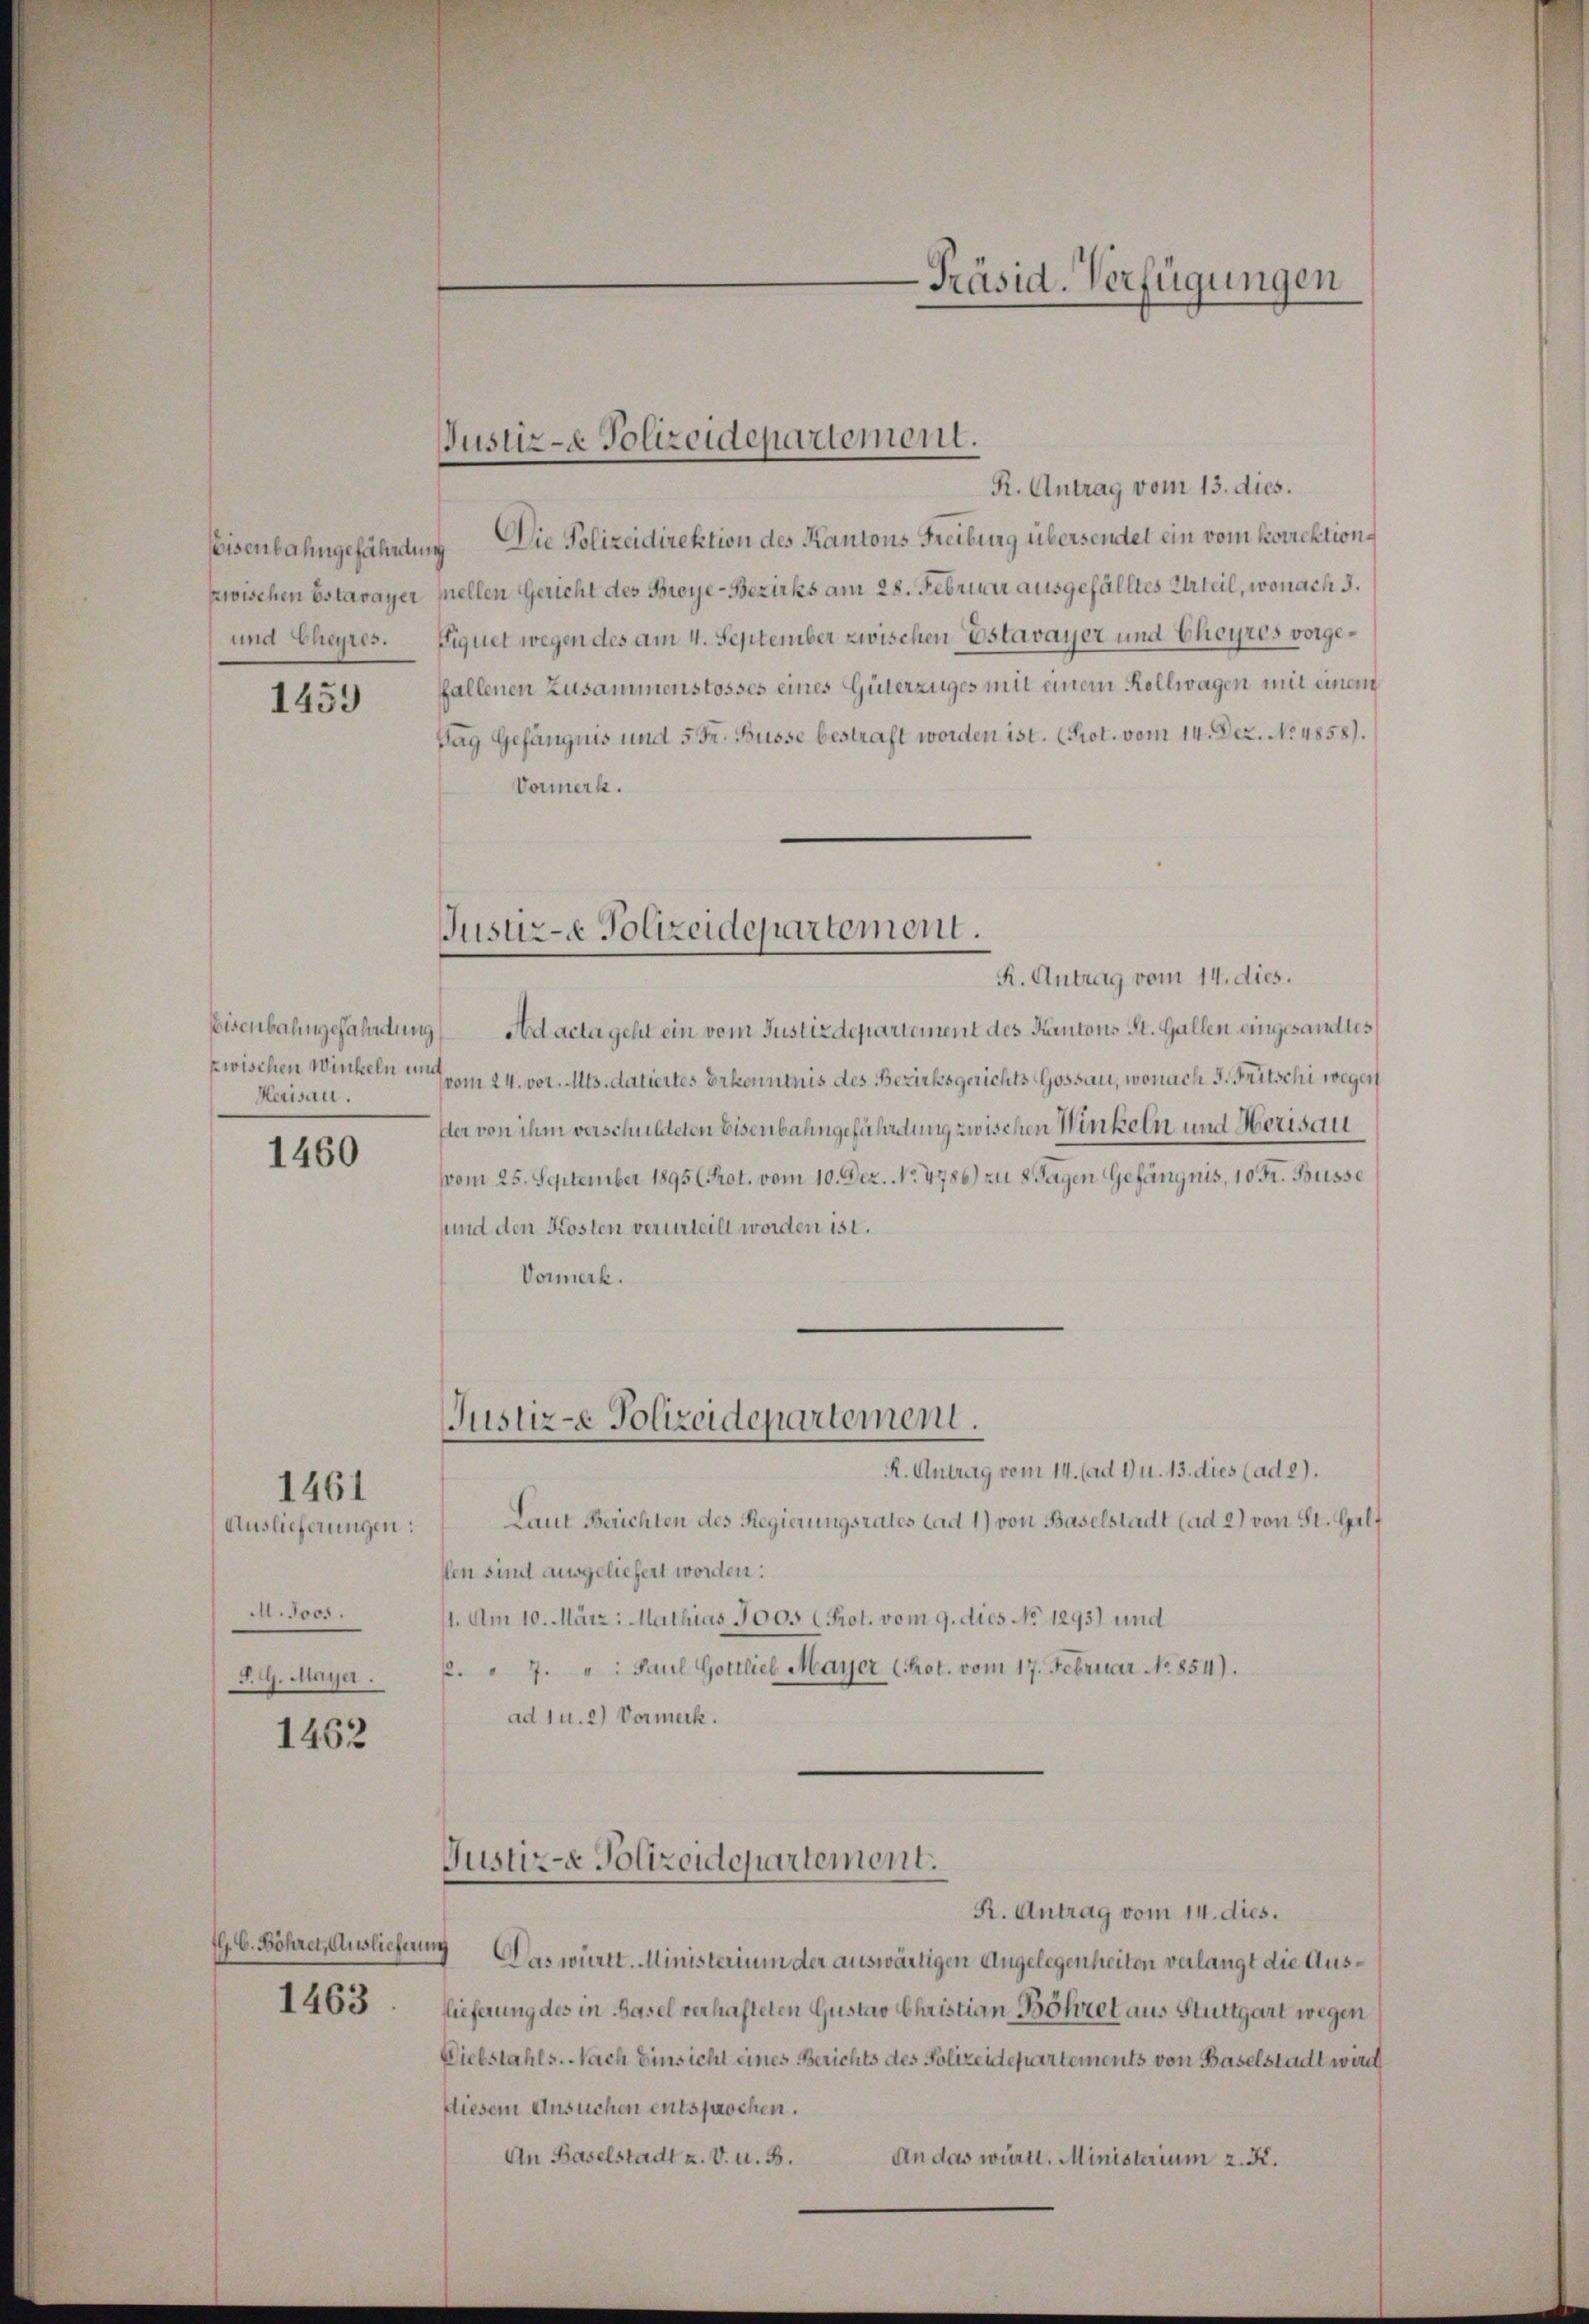
Eisenbahngefährden
zwischen Estavayer
und Cheyres.

1459

Eisenbahngefährdung
zwischen Winkeln und
Herisau.

1460

Auslieferungen:
M. Jos.
P. G. Mayer.

1461

1462

G. C. Röhret, Auslieferung

1463

Justiz- & Polizeidepartement.

R. Antrag vom 13. dies.
Die Polizeidirektion des Kantons Freiburg übersendet ein vom korrektion
nch
nellen Gericht des Broye-Bezirks am 28. Februar ausgefälltes Urteil, wonach 3.
Liquet wegen des am 4. September zwischen Estavayer und Cheyres vorgefallenen Zusammenstosses eines Güterzuges mit einem Rollwagen mit einem
Tag Gefängnis und 5 Fr. Busse bestraft worden ist. (Prot. vom 14. Dez. No. 4858).
Vormerk.
Justiz- Polizeidepartement.
R. Antrag vom 14. dies.
Ad acta geht ein vom Justizdepartement des Kantons St. Gallen eingesamtes
vom 24. vor. Mts. datiertes Erkenntnis des Bezirksgerichts Gossau, wonach d. Fritschi wegen
der von ihm verschuldeten Eisenbahngefährdung zwischen Winkeln und Herisau
vom 25. September 1895 (Prot. vom 10. Dez. No. 4786) zu 8 Tagen Gefängnis, 10 Fr. Büsse
und den Kosten verurteilt worden ist.
Vormerk.

Justiz-e Polizeidepartement.

Justiz-e Polizeidepartement.

R. Antrag vom 14. (ad 1 u. 13. dies (ad 2).
Laut Berichten des Regierungsrates ad 1) von Baselstadt (ad 2) von St. Galf
fen sind ausgeliefert worden:
1. Am 10. März: Mathias 3005 (Prot. vom 9. dies No 1295) und
p. " 7.": Paul Gottlieb Mayer (Prot. vom 17. Februar No. 854).
ad 1 u. 2) Vormerk.

R. Antrag vom 14. dies.
Das württ. Ministerium der auswärtigen Angelegenheiten verlangt die Auslieferung des in Basel verhafteten Gustav Christian Böhret aus Stuttgart wegen
Viebstahls. Nach Einsicht eines Berichts des Polizeidepartements von Baselstadt wurd
diesem Ansuchen entsprochen.
An das württ. Ministerium z. R.
An Baselstadt u. V. u. B.

Präsid. Verfügungen